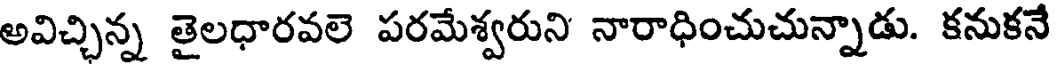
అవిచ్చిన్న తైలధారవలె పరమేశ్వరుని నారాధించుచున్నాడు. కనుకనే